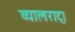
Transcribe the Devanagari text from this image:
व्यालराट्।